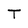
Character: T